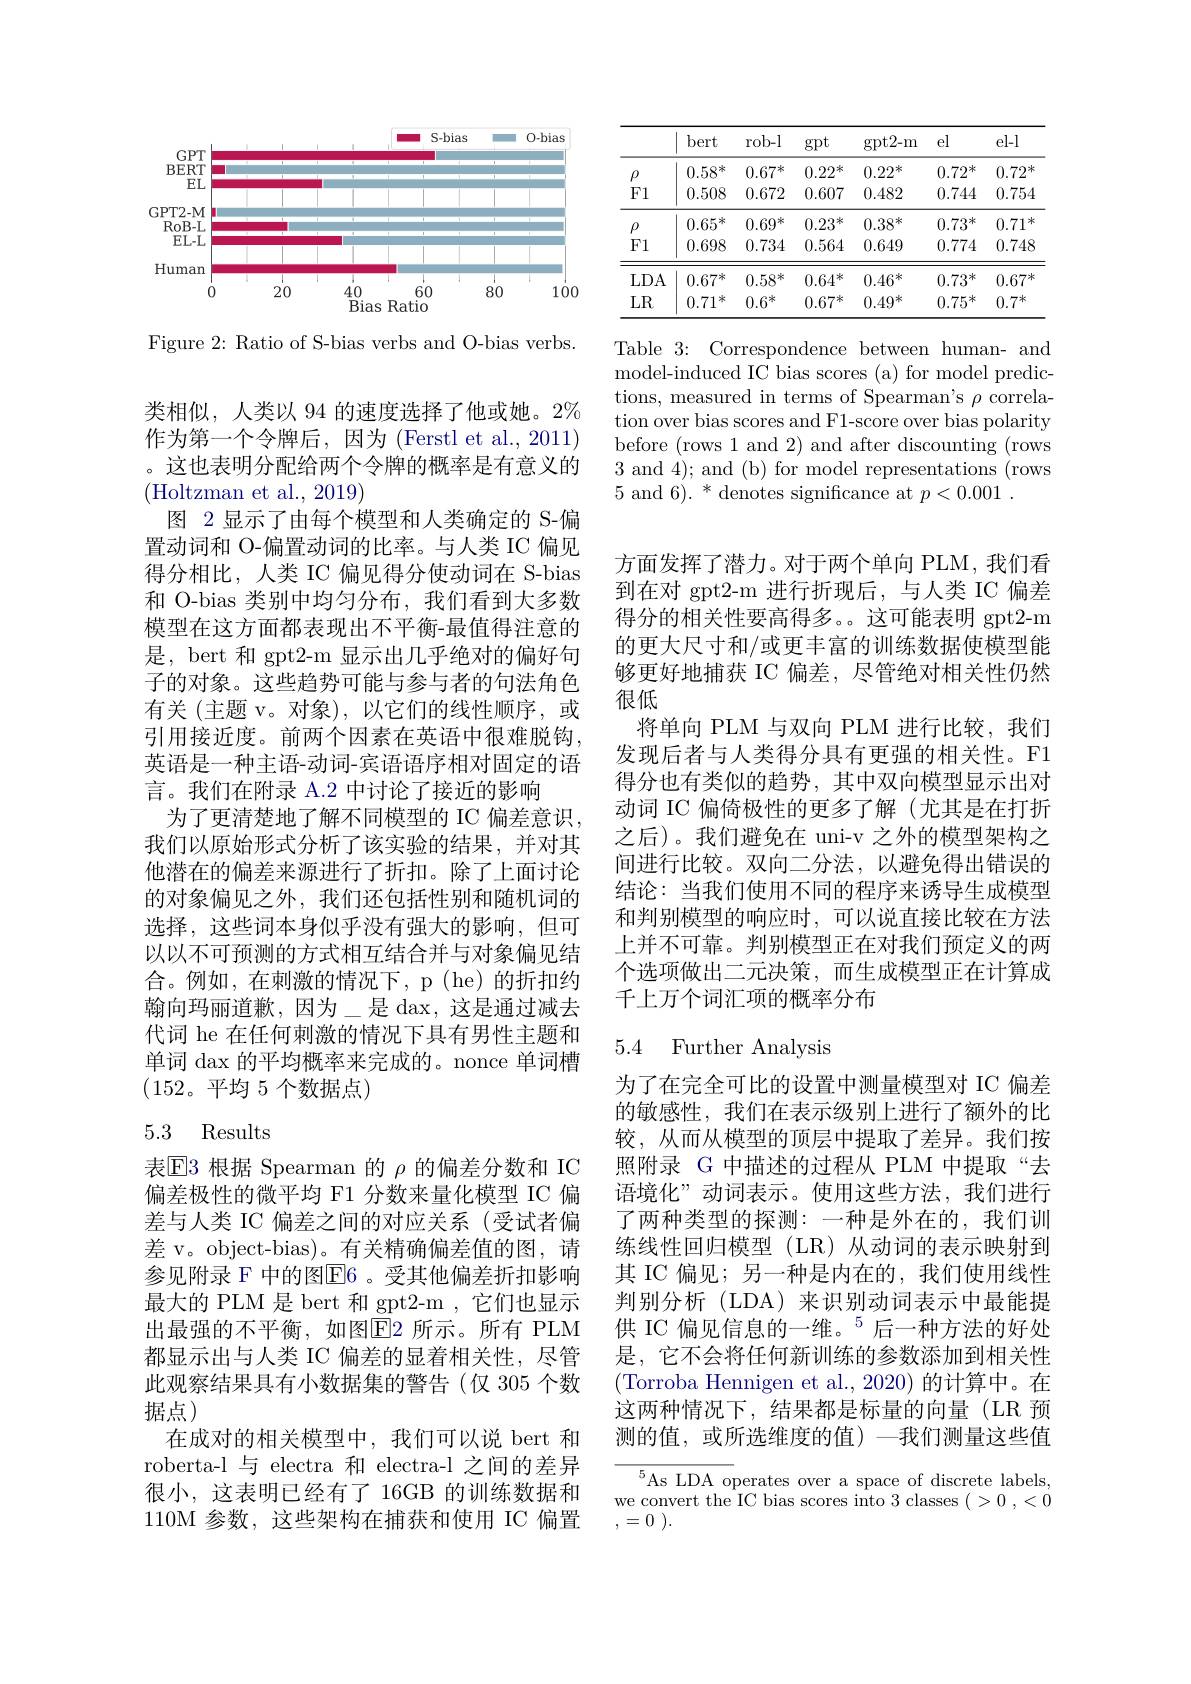
<FigureHere>

Figure 2: Ratio of S-bias verbs and O-bias verbs.

类相似，人类以 94 的速度选择了他或她。2% 作为第一个令牌后，因为 (Ferstl et al., 2011) 。这也表明分配给两个令牌的概率是有意义的(Holtzman et al., 2019)
图 2 显示了由每个模型和人类确定的 S-偏置动词和 O-偏置动词的比率。与人类 IC 偏见得分相比，人类 IC 偏见得分使动词在 S-bias 和 O-bias 类别中均匀分布，我们看到大多数模型在这方面都表现出不平衡-最值得注意的是，bert 和 gpt2-m 显示出几乎绝对的偏好句子的对象。这些趋势可能与参与者的句法角色有关 (主题 v。对象),以它们的线性顺序，或引用接近度。前两个因素在英语中很难脱钩， 英语是一种主语-动词-宾语语序相对固定的语言。我们在附录 A.2 中讨论了接近的影响
为了更清楚地了解不同模型的 IC 偏差意识， 我们以原始形式分析了该实验的结果，并对其他潜在的偏差来源进行了折扣。除了上面讨论的对象偏见之外，我们还包括性别和随机词的选择，这些词本身似乎没有强大的影响，但可以以不可预测的方式相互结合并与对象偏见结合。例如，在刺激的情况下，p(he)的折扣约翰向玛丽道歉，因为\_是 dax,这是通过减去代词 he 在任何刺激的情况下具有男性主题和单词 dax 的平均概率来完成的。nonce 单词槽$(152。平均5$ 个数据点)

### 5.3 Results

表$\overline{\mathrm{E}}$3 根据 Spearman 的 $\rho$ 的偏差分数和 IC 偏差极性的微平均 F1 分数来量化模型 IC 偏差与人类 IC 偏差之间的对应关系 (受试者偏差 v。object-bias)。有关精确偏差值的图，请参见附录 F 中的图$\overline{\mathrm{E}}$6 。受其他偏差折扣影响最大的 PLM 是 bert 和 gpt2-m , 它们也显示出最强的不平衡，如图$\boxed{\mathrm{E}}$2 所示。所有 PLM 都显示出与人类 IC 偏差的显着相关性，尽管此观察结果具有小数据集的警告(仅 305 个数据点)
在成对的相关模型中，我们可以说 bert 和roberta-l 与 electra 和 electra-l 之间的差异很小，这表明已经有了 16GB 的训练数据和110M 参数，这些架构在捕获和使用 IC 偏置

<table>
	<tbody>
		<tr>
			<th> </th>
			<th>bert</th>
			<th>$rob-l$</th>
			<th>$\operatorname{gpt}$</th>
			<th>$\operatorname{gpt2-m}$</th>
			<th>el</th>
			<th>el-l</th>
		</tr>
		<tr>
			<td>$\rho$</td>
			<td>$0.58^{*}$</td>
			<td>$0.67^{*}$</td>
			<td>$0.22^{*}$</td>
			<td>$0.22^{*}$</td>
			<td>$0.72^{*}$</td>
			<td>$0.72^{*}$</td>
		</tr>
		<tr>
			<td>F1</td>
			<td>0.508</td>
			<td>0.672</td>
			<td>0.607</td>
			<td>0.482</td>
			<td>0.744</td>
			<td>0.754</td>
		</tr>
		<tr>
			<td>$\rho$</td>
			<td>$0.65^{*}$</td>
			<td>$0.69^{*}$</td>
			<td>$0.23^{*}$</td>
			<td>$0.38^*$</td>
			<td>$0.73^{*}$</td>
			<td>$0.71^{*}$ 7 </td>
		</tr>
		<tr>
			<td>F1</td>
			<td>0.698</td>
			<td>0.734</td>
			<td>0.564</td>
			<td>0.649</td>
			<td>0.774</td>
			<td>0.748</td>
		</tr>
		<tr>
			<td>$LDA$</td>
			<td>$0.67^{*}$</td>
			<td>$0.58^{*}$</td>
			<td>$0.64^{*}$</td>
			<td>$0.46^*$</td>
			<td>$0.73^{*}$</td>
			<td>$0.67^{*}$</td>
		</tr>
		<tr>
			<td>LR</td>
			<td>0.71 米</td>
			<td>$0.6^{*}$</td>
			<td>$0.67^{*}$</td>
			<td>$0.49^*$</td>
			<td>$0.75^*$</td>
			<td>$0.7^{*}$</td>
		</tr>
	</tbody>
</table>

Table 3: Correspondence between human- and model-induced IC bias scores (a) for model predictions, measured in terms of Spearman's $\rho$ correlation over bias scores and F1-score over bias polarity before (rows 1 and 2) and after discounting (rows 3 and 4); and (b) for model representations (rows 5 and 6). * denotes significance at $p< 0. 001$ .

方面发挥了潜力。对于两个单向 PLM, 我们看到在对 gpt2-m 进行折现后，与人类 IC 偏差得分的相关性要高得多。这可能表明 gpt2-m 的更大尺寸和/或更丰富的训练数据使模型能够更好地捕获 IC 偏差，尽管绝对相关性仍然很低
将单向 PLM 与双向 PLM 进行比较，我们发现后者与人类得分具有更强的相关性。F1得分也有类似的趋势，其中双向模型显示出对动词 IC 偏倚极性的更多了解(尤其是在打折之后)。我们避免在 uni-v 之外的模型架构之间进行比较。双向二分法，以避免得出错误的结论：当我们使用不同的程序来诱导生成模型和判别模型的响应时，可以说直接比较在方法上并不可靠。判别模型正在对我们预定义的两个选项做出二元决策，而生成模型正在计算成千上万个词汇项的概率分布

### 5.4 Further Analysis

为了在完全可比的设置中测量模型对 IC 偏差的敏感性，我们在表示级别上进行了额外的比较，从而从模型的顶层中提取了差异。我们按照附录 G 中描述的过程从 PLM 中提取“去语境化”动词表示。使用这些方法，我们进行了两种类型的探测：一种是外在的，我们训练线性回归模型(LR)从动词的表示映射到其 IC 偏见；另一种是内在的，我们使用线性判别分析(LDA)来识别动词表示中最能提供 IC 偏见信息的一维。$^{5}$后一种方法的好处是，它不会将任何新训练的参数添加到相关性(Torroba Hennigen et al., 2020) 的计算中。在这两种情况下，结果都是标量的向量(LR 预测的值，或所选维度的值) -我们测量这些值

${^{5}\mathrm{As~LDA~operates~over~a~space~of~discrete~labels,}}$ we convert the IC bias scores into 3 classes (>0 $, < \dot{0}$ ,=0 ).